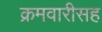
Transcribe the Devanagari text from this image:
क्रमवारीसह